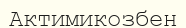
Актимикозбен